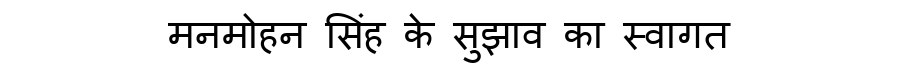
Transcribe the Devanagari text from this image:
मनमोहन सिंह के सुझाव का स्वागत